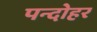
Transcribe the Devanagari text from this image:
पन्दोहर